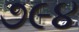
૭૯૪